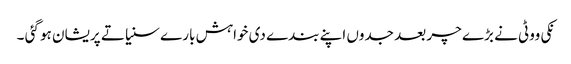
نکی ووٹی نے بڑے چر بعد جدوں اپنے بندے دی خواہش بارے سنیا تے پریشان ہو گئی ۔